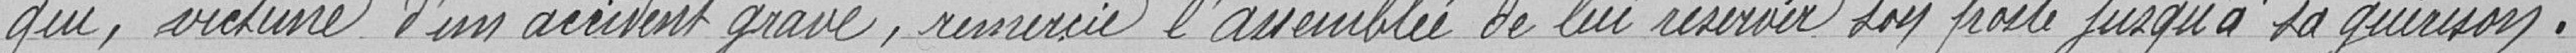
qui, victime d'un accident grave, remercie l’assemblée de lui réserver son poste jusqu'à sa guérison